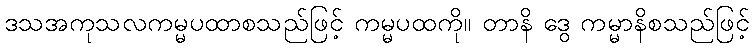
ဒသအကုသလကမ္မပထာစသည်ဖြင့် ကမ္မပထကို။ တာနိ ဒွေ ကမ္မာနိစသည်ဖြင့်